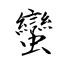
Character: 蠻